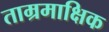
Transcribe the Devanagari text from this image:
ताम्रमाक्षिक